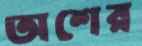
অশের